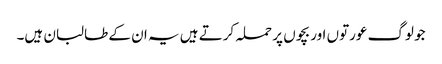
جو لوگ عورتوں اور بچوں پر حملہ کرتے ہیں یہ ان کے طالبان ہیں۔